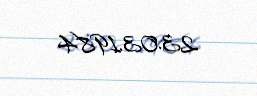
23.03.1984